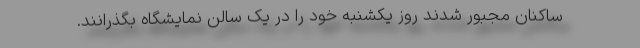
ساکنان مجبور شدند روز یکشنبه خود را در یک سالن نمایشگاه بگذرانند.